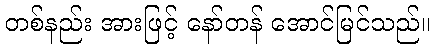
တစ်နည်း အားဖြင့် နော်တန် အောင်မြင်သည်။